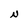
Character: N